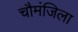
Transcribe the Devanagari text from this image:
चौमंजिला